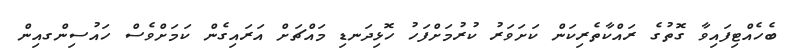
ބެހެއްޓިފައިވާ ގޮތުގެ ރައްކާތެރިކަން ކަށަވަރު ކުރުމަށްފަހު ހޮޅިދަނޑި މައްޗަށް އަރައިގެން ކަމަށްވެސް ހައުސިންގއިން